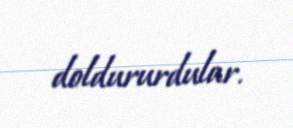
doldururdular.